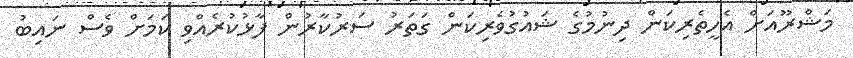
މަޝްރޫއަށް އެހީތެރިކަން ދިނުމުގެ ޝައުގުވެރިކަން ގަތަރު ސަރުކާރުން ފާޅުކުރެއްވި ކަމަށް ވެސް ނައިބު